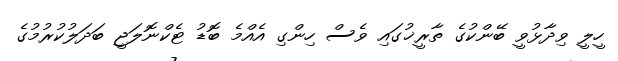
ހީލީ ވިދާޅުވީ ބޭންކުގެ ތާރީޚުގައި ވެސް ހިންގި އެއްމެ ބޮޑު ޓެކްނޮލަޖީ ބަދަލުކުރުމުގެ